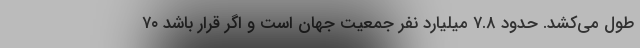
طول می‌کشد. حدود ۷.۸ میلیارد نفر جمعیت جهان است و اگر قرار باشد ۷۰